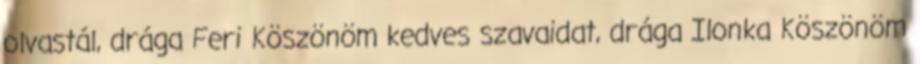
olvastál, drága Feri Köszönöm kedves szavaidat, drága Ilonka Köszönöm